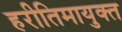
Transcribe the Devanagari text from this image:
हरीतिमायुक्‍त